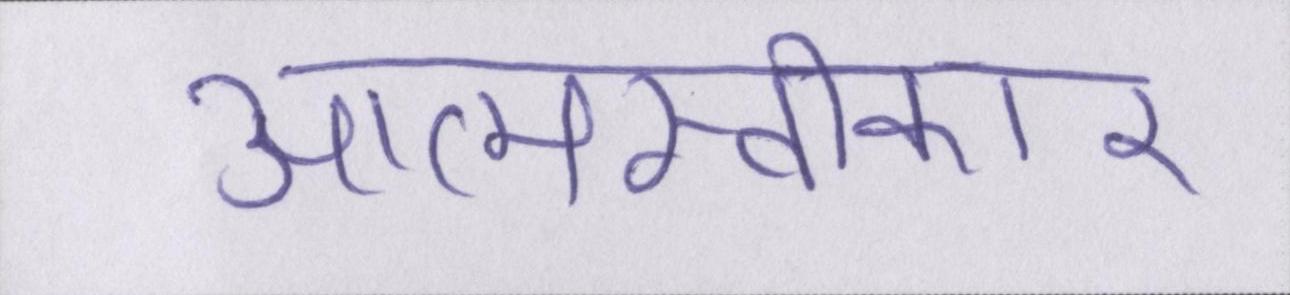
आत्मस्वीकार